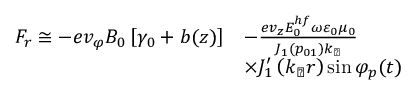
\begin{array} { r l } { F _ { r } \cong - e v _ { \varphi } B _ { 0 } \left[ \gamma _ { 0 } + b ( z ) \right] } & { - \frac { e v _ { z } E _ { 0 } ^ { h f } \omega \varepsilon _ { 0 } \mu _ { 0 } } { J _ { 1 } \left( p _ { 0 1 } \right) k _ { \perp } } } \\ & { \times J _ { 1 } ^ { \prime } \left( k _ { \perp } r \right) \sin \varphi _ { p } ( t ) } \end{array}